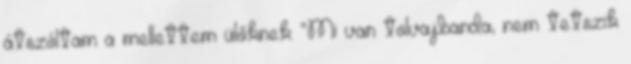
átszóltam a mellettem ülőknek: “Mi van tolvajbanda, nem tetszik